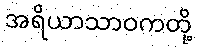
အရိယာသာဝကတို့